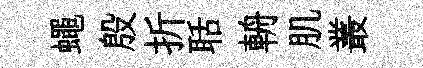
蠅殷折聒輈肌叢